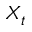
X _ { t }